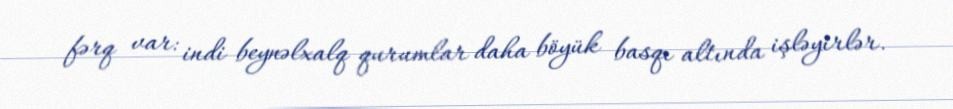
fərq var: indi beynəlxalq qurumlar daha böyük basqı altında işləyirlər.